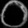
Digit: ၀